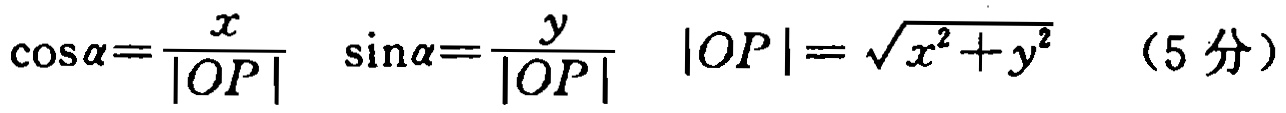
\(\cos\alpha=\frac{x}{|OP|} \quad \sin\alpha=\frac{y}{|OP|} \quad |OP|=\sqrt{x^{2}+y^{2}} \quad (5分)\)